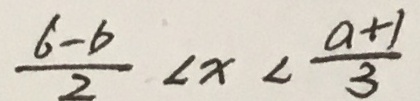
\frac { 6 - 6 } { 2 } < x < \frac { a + 1 } { 3 }